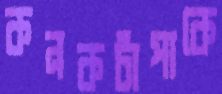
কনকচাঁপাকে